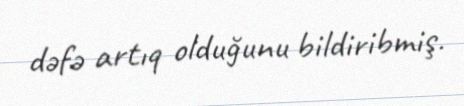
dəfə artıq olduğunu bildiribmiş.